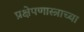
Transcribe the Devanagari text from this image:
प्रक्षेपणास्त्राच्या